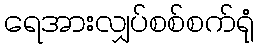
ရေအားလျှပ်စစ်စက်ရုံ